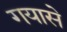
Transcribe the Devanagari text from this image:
गयासे